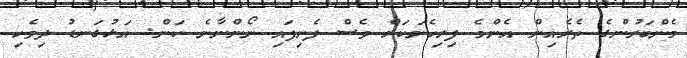
މެންބަރުންގެ ތެރެއިން އެންމެ ފިރިހެނަކަށް ވެސް ފެނިފައި ނޯންނާނެ ކަން. އަޅުގަނޑު ދިވެހި